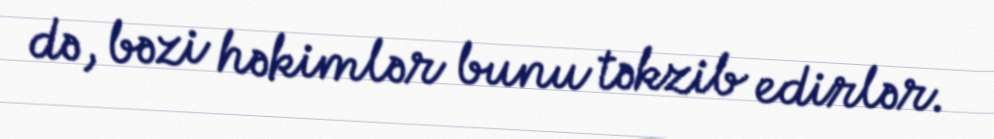
də, bəzi həkimlər bunu təkzib edirlər.